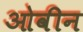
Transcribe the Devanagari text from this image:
ओवीन